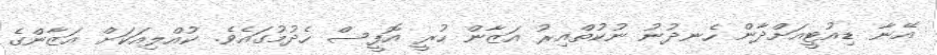
އޭނާ ޑިއުޓީއަށްދާން ހެނދުނު ނުކުތްއިރު އަޒާން ހުރީ އޮފީސް ހެދުމުގައެވެ. ކުއްލިއަކަށް އަޒާންގެ